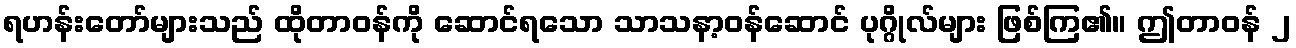
ရဟန်းတော်များသည် ထိုတာဝန်ကို ဆောင်ရသော သာသနာ့ဝန်ဆောင် ပုဂ္ဂိုလ်များ ဖြစ်ကြ၏။ ဤတာဝန် ၂